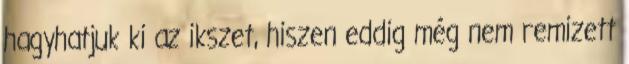
hagyhatjuk ki az ikszet, hiszen eddig még nem remizett